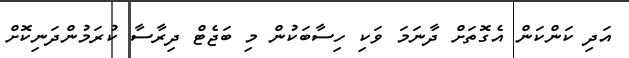
އަދި ކަންކަން އެގޮތަށް ދާނަމަ ވަކި ހިސާބަކުން މި ބަޖެޓް ދިރާސާ ކުރަމުންދަނިކޮށް